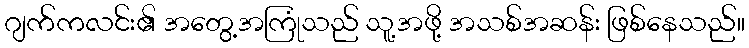
ဂျက်ကလင်း၏ အတွေ့အကြုံသည် သူ့အဖို့ အသစ်အဆန်း ဖြစ်နေသည်။